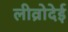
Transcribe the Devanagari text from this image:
लीव्रोदेई